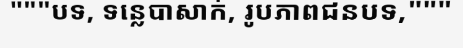
"""បទ, ទន្លេបាសាក់, រូបភាពជនបទ,"""